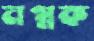
নগ্নক